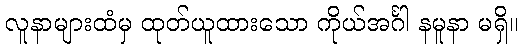
လူနာများထံမှ ထုတ်ယူထားသော ကိုယ်အင်္ဂါ နမူနာ မရှိ။